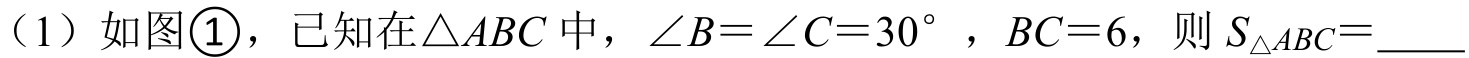
（1）如图\textcircled{1}，已知在$\triangle ABC$中，$\angle B = \angle C = 30^{\circ}$，$BC = 6$，则$S_{\triangle ABC}=$_____